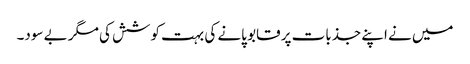
میں نے اپنے جذبات پر قابو پانے کی بہت کوشش کی مگر بے سود۔